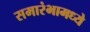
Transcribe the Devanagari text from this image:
समारंभामध्ये